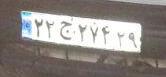
۲۲ج۲۷۴۲۹